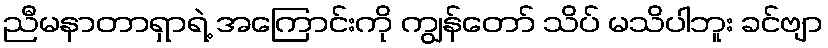
ညီမနာတာရှာရဲ့ အကြောင်းကို ကျွန်တော် သိပ် မသိပါဘူး ခင်ဗျာ